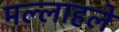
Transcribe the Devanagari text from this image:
मल्लाहले